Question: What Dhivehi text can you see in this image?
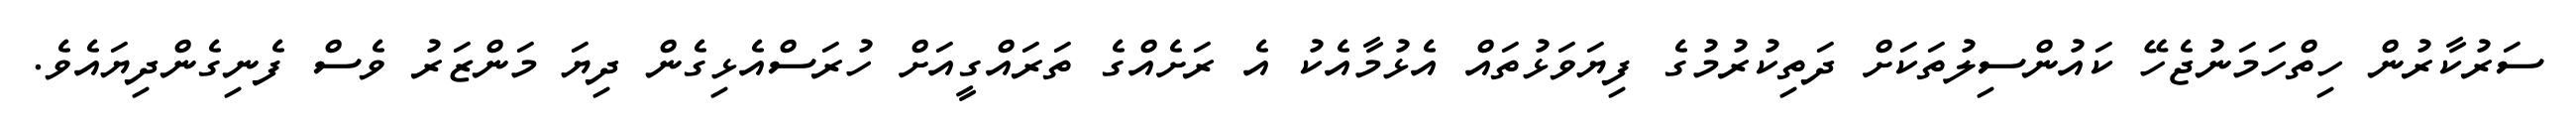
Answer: ސަރުކާރުން ހިތްހަމަނުޖެހޭ ކައުންސިލުތަކަށް ދަތިކުރުމުގެ ފިޔަވަޅުތައް އެޅުމާއެކު އެ ރަށެއްގެ ތަރައްގީއަށް ހުރަސްއެޅިގެން ދިޔަ މަންޒަރު ވެސް ފެނިގެންދިޔައެވެ.